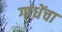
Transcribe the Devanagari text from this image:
गांधेंचा